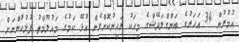
އުމުރުން 34 އަހަރުގެ ބަންގްލަދޭޝްގެ މީހަކު ރަހީނުކޮށްގެން އުޅޭ ކަމުގެ މައުލޫމާތު ފުލުހުންނަށް